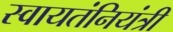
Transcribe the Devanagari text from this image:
स्वायतंनियंत्री